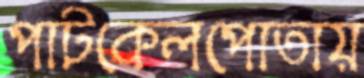
পাটকেলপোতায়